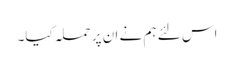
اس لئے ہم نے ان پر حملہ کیا۔